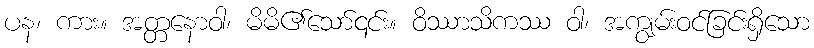
ပန၊ ကား။ အတ္တနောဝါ၊ မိမိ၏သော်၎င်း။ ဝိဿာသိကဿ ဝါ၊ အကျွမ်းဝင်ခြင်းရှိသော